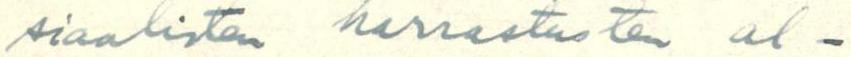
siaalisten harrastusten al-